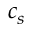
c _ { s }